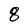
Character: 8